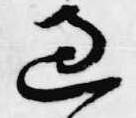
過